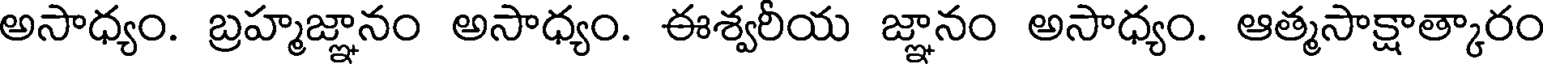
అసాధ్యం. బ్రహ్మజ్ఞానం అసాధ్యం. ఈశ్వరీయ జ్ఞానం అసాధ్యం. ఆత్మసాక్షాత్కారం